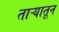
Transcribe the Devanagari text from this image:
ताऱ्यातून